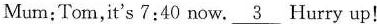
Mum:Tom,it's 7:40 now. \underline{3} Hurry up!